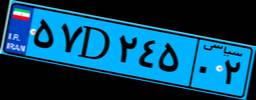
۸۲D۲۳۵۶۸